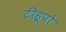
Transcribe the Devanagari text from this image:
टीहूपो